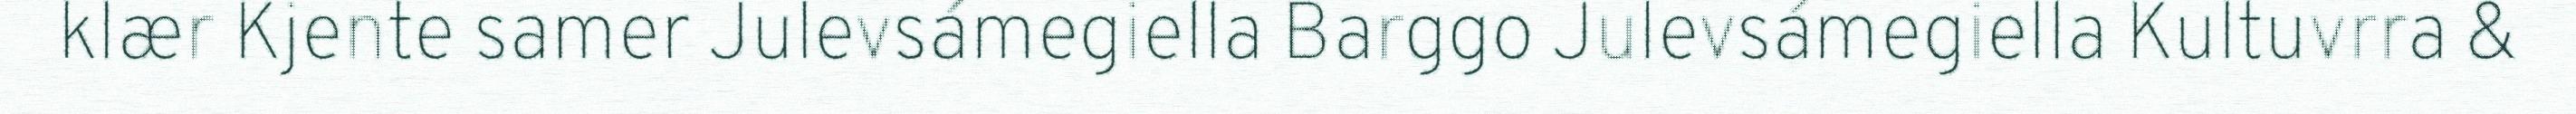
klær Kjente samer Julevsámegiella Barggo Julevsámegiella Kultuvrra &